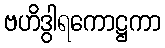
ဗဟိဒွါရကောဋ္ဌကာ